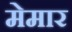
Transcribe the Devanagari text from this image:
मेमार